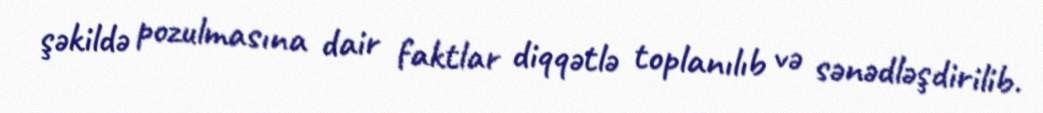
şəkildə pozulmasına dair faktlar diqqətlə toplanılıb və sənədləşdirilib.